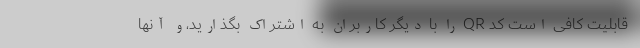
قابلیت کافی است کد QR را با دیگر کاربران به اشتراک بگذارید،و آنها